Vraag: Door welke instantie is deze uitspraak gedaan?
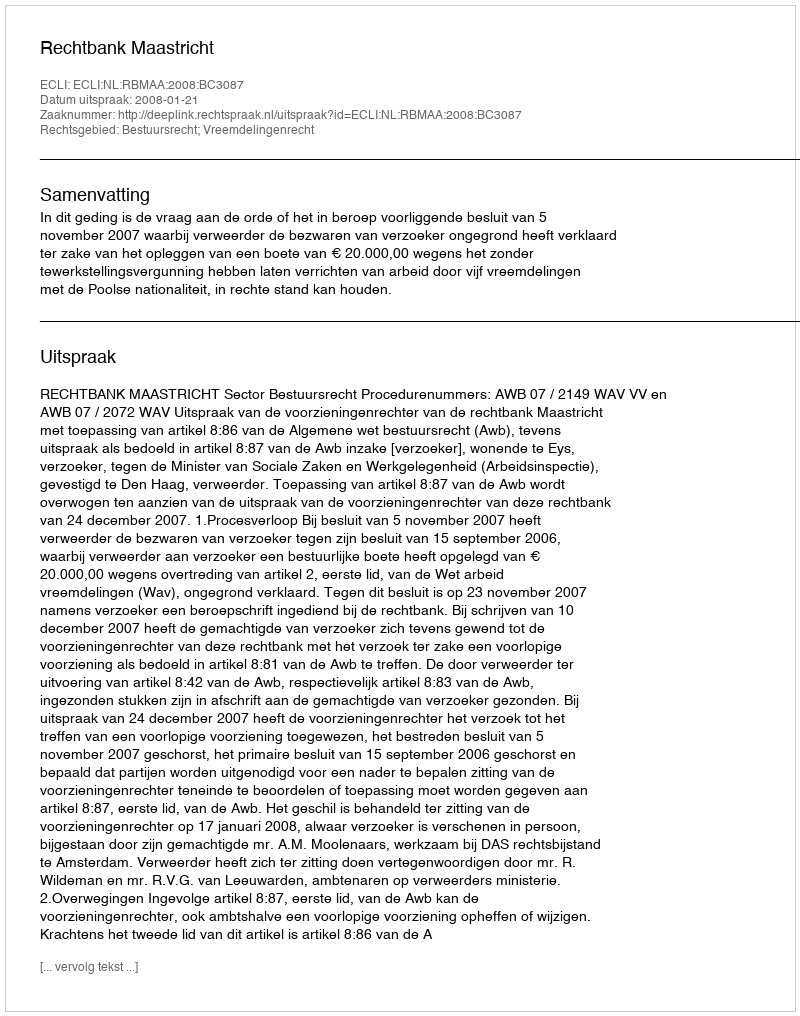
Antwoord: Rechtbank Maastricht